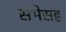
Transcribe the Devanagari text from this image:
सभेसह